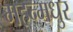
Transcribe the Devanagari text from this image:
महन्मधुर